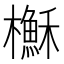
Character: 櫯